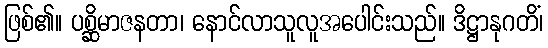
ဖြစ်၏။ ပစ္ဆိမာဇနတာ၊ နောင်လာသူလူအပေါင်းသည်။ ဒိဋ္ဌာနုဂတိံ၊